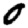
Digit: 0